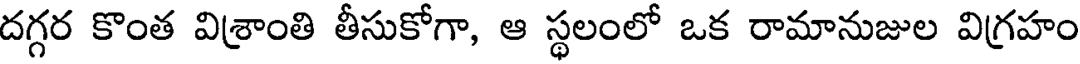
దగ్గర కొంత విశ్రాంతి తీసుకోగా, ఆ స్థలంలో ఒక రామానుజుల విగ్రహం